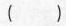
()